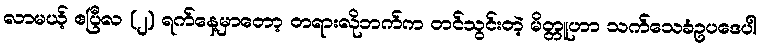
လာမယ့် ဧပြီလ (၂) ရက်နေ့မှာတော့ တရားလိုဘက်က တင်သွင်းတဲ့ မိတ္တူဟာ သက်သေခံဥပဒေပါ